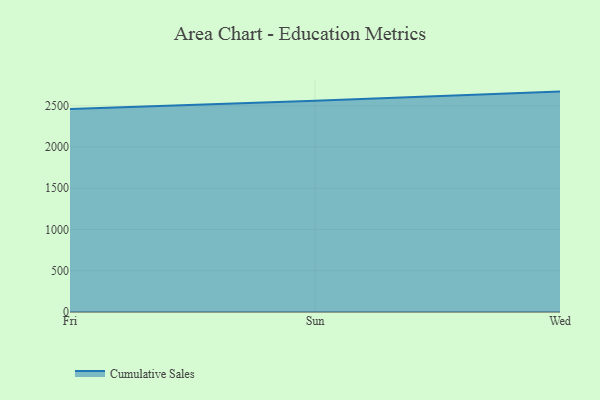
{"axis": {"x": "Day", "y": "Shipments"}, "legend": ["Cumulative Sales"], "data": [{"x": "Fri", "y": 2460.8, "type": "Cumulative Sales"}, {"x": "Sun", "y": 2560.8, "type": "Cumulative Sales"}, {"x": "Wed", "y": 2672.0, "type": "Cumulative Sales"}]}